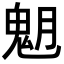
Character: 𩲞